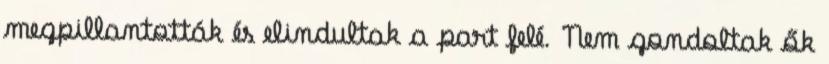
megpillantották és elindultak a part felé. Nem gondoltak ők